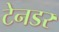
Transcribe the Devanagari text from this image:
टेनडर